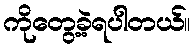
ကိုတွေ့ခဲ့ရပါတယ်။